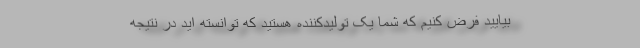
بیایید فرض کنیم که شما یک تولیدکننده هستید که توانسته اید در نتیجه